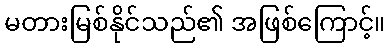
မတားမြစ်နိုင်သည်၏ အဖြစ်ကြောင့်။